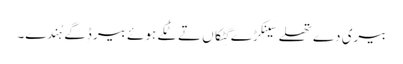
بیری دے تھلے سَینکڑے گِٹکاں تے ٹُکے ہوئے بیر ڈِگے ہُندے۔